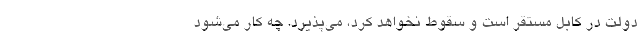
دولت در كابل مستقر است و سقوط نخواهد كرد، مي‌پذيرد. چه كار مي‌شود